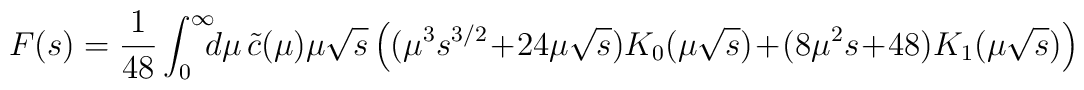
F(s) =  \frac{1}{48}\int_0^\infty\! \! \! d\mu \, \tilde{c}(\mu) \mu \sqrt {s}\left( ({\mu}^{3}{s}^{3/2}\!+\!24\mu \sqrt{s}) K_0(\mu \sqrt{s})\!+\!(8 \mu^2 s\!+\!48) K_1(\mu \sqrt {s})\right )